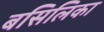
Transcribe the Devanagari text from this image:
बसिलिका